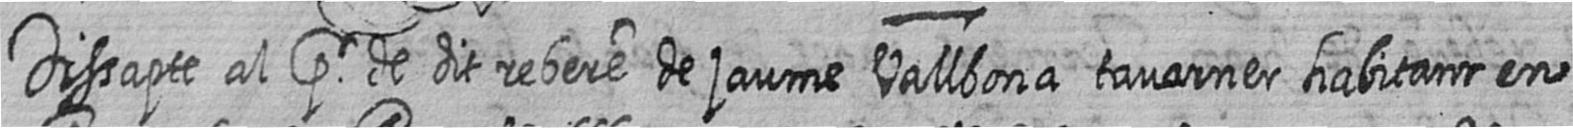
Dissapte al pr de dit rebere de jaume Vallbona tavarner habitant en